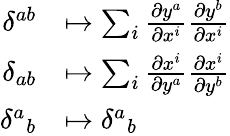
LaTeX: \begin{array}{rl}{\delta^{ab}}&{\mapsto\sum_{i}\frac{\partial y^{a}}{\partial x^{i}}\frac{\partial y^{b}}{\partial x^{i}}}\\ {\delta_{ab}}&{\mapsto\sum_{i}\frac{\partial x^{i}}{\partial y^{a}}\frac{\partial x^{i}}{\partial y^{b}}}\\ {{\delta^{a}}_{b}}&{\mapsto{\delta^{a}}_{b}}\end{array}